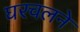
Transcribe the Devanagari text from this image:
घरचलने